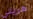
هربتي